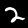
Label: 2